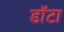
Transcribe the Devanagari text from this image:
डॉटा